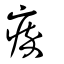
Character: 瘁